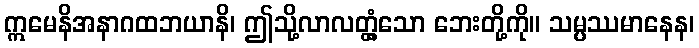
ဣမေနိအနာဂထဘယာနိ၊ ဤသို့လာလတ္တံ့သော ဘေးတို့ကို။ သမ္ပဿမာနေန၊